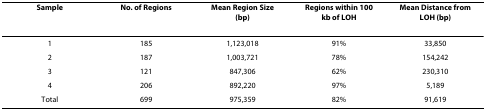
| Sample | No. of Regions | Mean Region Size (bp) | Regions within 100 kb of LOH | Mean Distance from LOH (bp) |
 | --- | --- | --- | --- | --- |
 | 1 | 185 | 1,123,018 | 91% | 33,850 |
 | 2 | 187 | 1,003,721 | 78% | 154,242 |
 | 3 | 121 | 847,306 | 62% | 230,310 |
 | 4 | 206 | 892,220 | 97% | 5,189 |
 | Total | 699 | 975,359 | 82% | 91,619 |